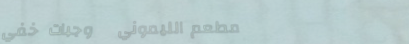
مطعم الليموني   وجبات خفي